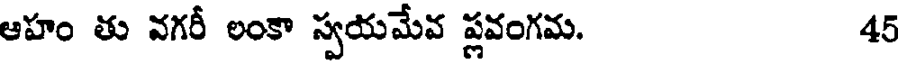
ఆహం తు వగరీ లంకా స్వయమేవ ప్లవంగమ. 45